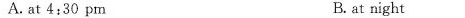
A. at 4:30 pm B. at night